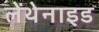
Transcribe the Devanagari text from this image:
लेंथेनाइड